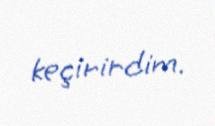
keçirirdim.